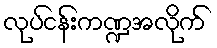
လုပ်ငန်းကဏ္ဍအလိုက်